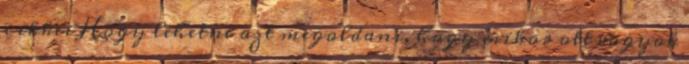
cikkei Hogy lehetne azt megoldani, hogy mikor ott vagyok